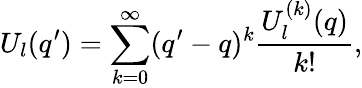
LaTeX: U_{l}(q^{\prime})=\sum_{k=0}^{\infty}(q^{\prime}-q)^{k}\frac{U_{l}^{(k)}(q)}{k!},